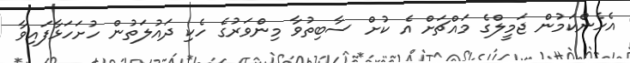
އެހެންކަމުން ޖަމީލްގެ މައްޗަށް އެ ކުށް ސާބިތުވާ މިންވަރުގެ ހެކި ދައުލަތުން ހުށަހަޅާފައިވާ